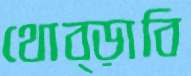
থোব্‌ড়াবি